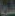
في